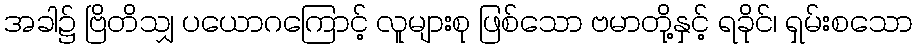
အခါ၌ ဗြိတိသျှ ပယောဂကြောင့် လူများစု ဖြစ်သော ဗမာတို့နှင့် ရခိုင်၊ ရှမ်းစသော